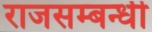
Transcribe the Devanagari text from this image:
राजसम्बन्धी